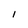
Character: l